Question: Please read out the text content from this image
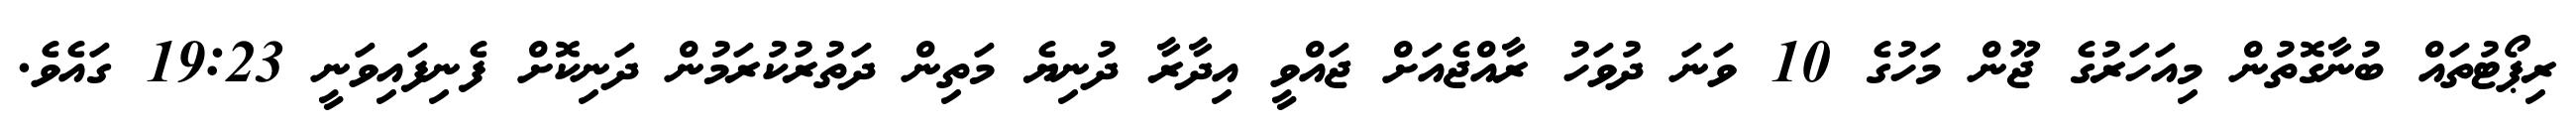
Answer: ރިޕޯޓުތައް ބުނާގޮތުން މިއަހަރުގެ ޖޫން މަހުގެ 10 ވަނަ ދުވަހު ރާއްޖެއަށް ޖައްވީ އިދާރާ ދުނިޔެ މަތިން ދަތުރުކުރަމުން ދަނިކޮށް ފެނިފައިވަނީ 19:23 ގައެވެ.